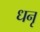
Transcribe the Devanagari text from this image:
धनृ